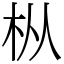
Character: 枞